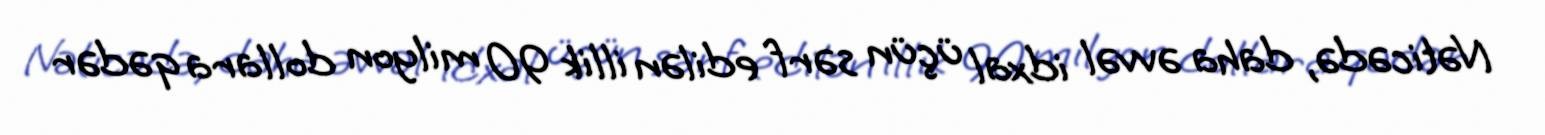
Nəticədə, daha əvvəl idxal üçün sərf edilən illik 90 milyon dollara qədər